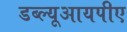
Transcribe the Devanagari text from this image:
डब्ल्यूआयपीए